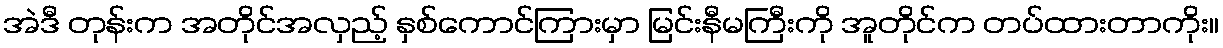
အဲဒီ တုန်းက အတိုင်အလှည့် နှစ်ကောင်ကြားမှာ မြင်းနီမကြီးကို အူတိုင်က တပ်ထားတာကိုး။